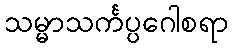
သမ္မာသင်္ကပ္ပဂေါစရာ